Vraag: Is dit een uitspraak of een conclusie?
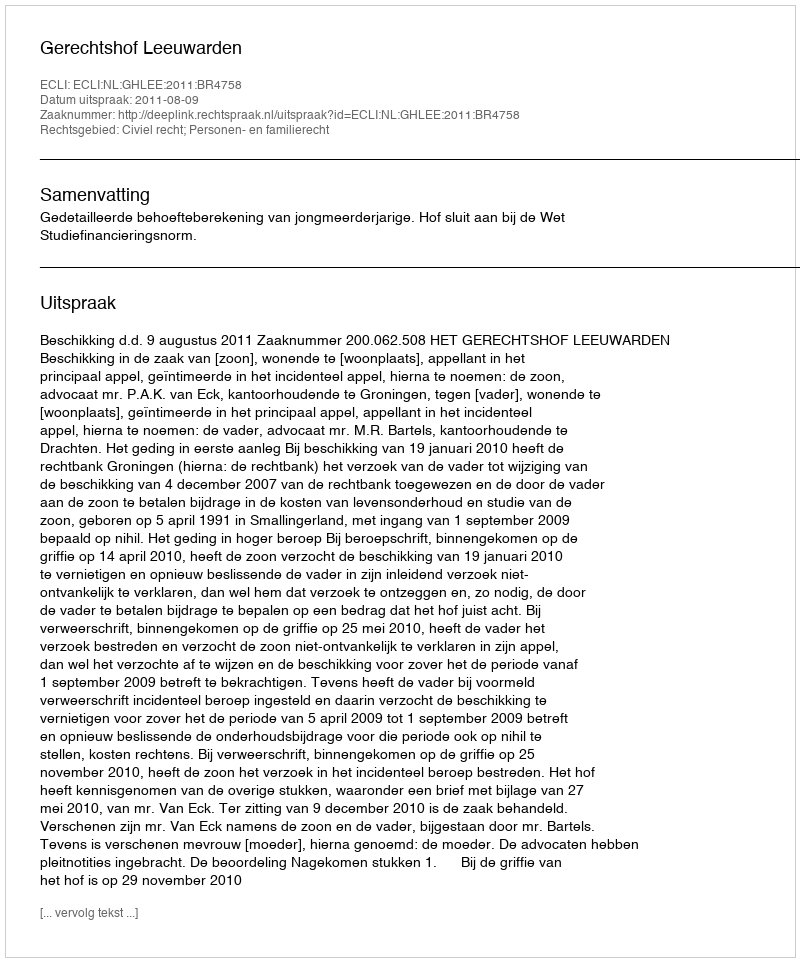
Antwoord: Uitspraak